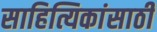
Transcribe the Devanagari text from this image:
साहित्यिकांसाठी